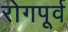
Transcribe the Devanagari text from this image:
रोगपूर्व